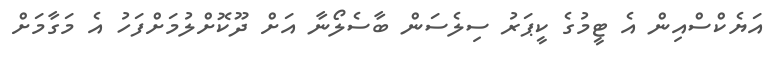
އަޔެކްސްއިން އެ ޓީމުގެ ކީޕަރު ސިލެސަން ބާސެލޯނާ އަށް ދޫކޮށްލުމަށްފަހު އެ މަގާމަށް